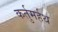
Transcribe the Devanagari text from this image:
कर्तुमर्हथ